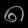
Digit: ၈